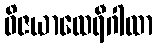
ဝိဇယာထေရီဂါထာ